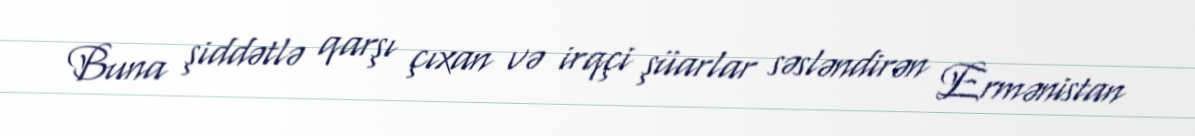
Buna şiddətlə qarşı çıxan və irqçi şüarlar səsləndirən Ermənistan